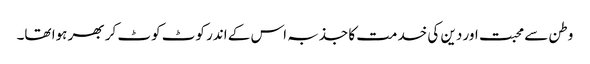
وطن سے محبت اور دین کی خدمت کا جذبہ اس کے اندر کوٹ کوٹ کر بھر ہوا تھا۔